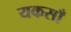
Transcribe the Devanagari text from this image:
यकसाँ